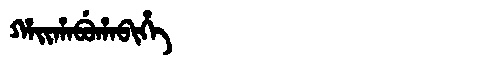
Manchu: ᡥᠠᡳᡥᠠᠪᡠᡥᠠᠪᡳᡥᡝ
Romanization: HAIHABUHABIHE